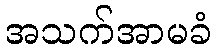
အသက်အာမခံ